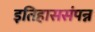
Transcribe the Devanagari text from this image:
इतिहाससंपन्न